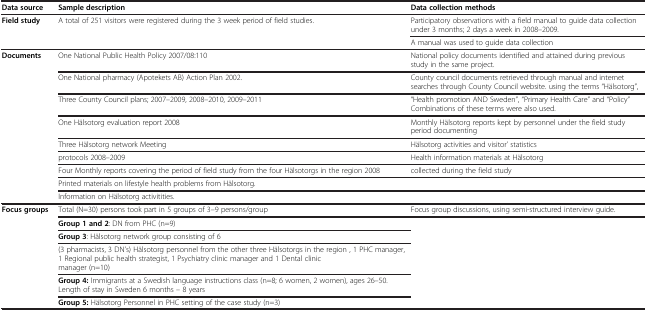
<table><thead><tr><td><b>Data source</b></td><td><b>Sample description</b></td><td><b>Data collection methods</b></td></tr></thead><tbody><tr><td rowspan="2"><b>Field study</b></td><td rowspan="2">A total of 251 visitors were registered during the 3 week period of field studies.</td><td>Participatory observations with a field manual to guide data collection under 3 months; 2 days a week in 2008–2009.</td></tr><tr><td>A manual was used to guide data collection</td></tr><tr><td rowspan="9"><b>Documents</b></td><td>One National Public Health Policy 2007/08:110</td><td>National policy documents identified and attained during previous study in the same project.</td></tr><tr><td>One National pharmacy (Apotekets AB) Action Plan 2002.</td><td>County council documents retrieved through manual and internet searches through County Council website. using the terms “Hälsotorg”,</td></tr><tr><td>Three County Council plans; 2007–2009, 2008–2010, 2009–2011</td><td>“Health promotion AND Sweden”, “Primary Health Care” and “Policy” Combinations of these terms were also used.</td></tr><tr><td>One Hälsotorg evaluation report 2008</td><td>Monthly Hälsotorg reports kept by personnel under the field study period documenting</td></tr><tr><td>Three Hälsotorg network Meeting</td><td>Hälsotorg activities and visitor’ statistics</td></tr><tr><td>protocols 2008–2009</td><td>Health information materials at Hälsotorg</td></tr><tr><td>Four Monthly reports covering the period of field study from the four Hälsotorgs in the region 2008</td><td>collected during the field study</td></tr><tr><td>Printed materials on lifestyle health problems from Hälsotorg.</td><td> </td></tr><tr><td>Information on Hälsotorg activitities.</td><td> </td></tr><tr><td rowspan="6"><b>Focus groups</b></td><td>Total (N=30) persons took part in 5 groups of 3–9 persons/group</td><td>Focus group discussions, using semi-structured interview guide.</td></tr><tr><td><b>Group 1 and 2</b>: DN from PHC (n=9)</td><td rowspan="5"> </td></tr><tr><td><b>Group 3</b>: Hälsotorg network group consisting of 6 </td></tr><tr><td>(3 pharmacists, 3 DN’s) Hälsotorg personnel from the other three Hälsotorgs in the region , 1 PHC manager, 1 Regional public health strategist, 1 Psychiatry clinic manager and 1 Dental clinic manager (n=10)</td></tr><tr><td><b>Group 4:</b> Immigrants at a Swedish language instructions class (n=8; 6 women, 2 women), ages 26–50. Length of stay in Sweden 6 months – 8 years</td></tr><tr><td><b>Group 5:</b> Hälsotorg Personnel in PHC setting of the case study (n=3)</td></tr></tbody></table>